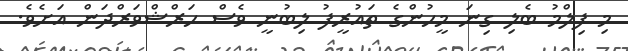
މި ފިލްމު ބެލި ގިނަ މީހުންގެ ތައުރީފު ލިބުނީ ވެސް ހަރްޝްވަރްދަން އަށެވެ.